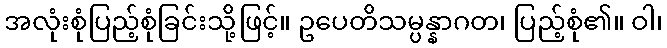
အလုံးစုံပြည့်စုံခြင်းသို့ဖြင့်။ ဥပေတိသမ္ပန္နာဂတ၊ ပြည့်စုံ၏။ ဝါ၊